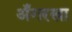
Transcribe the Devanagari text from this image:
अँगरखा